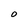
Character: O